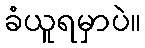
ခံယူရမှာပဲ။